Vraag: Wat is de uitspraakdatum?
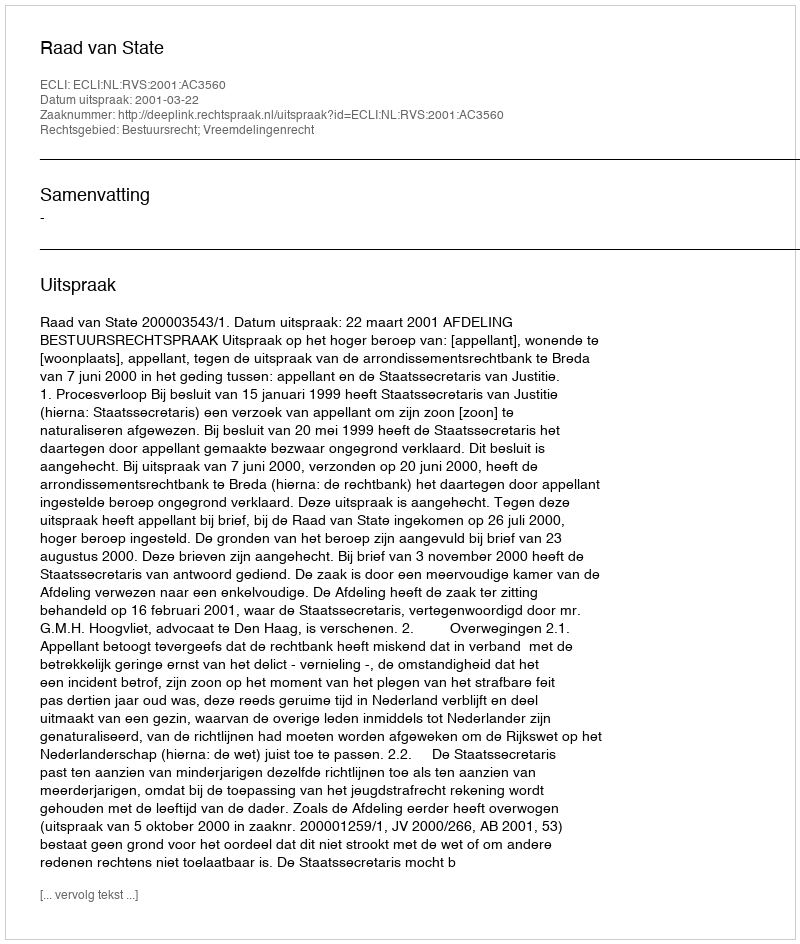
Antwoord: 2001-03-22